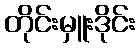
တိုင်းမှူးဒိုင်း